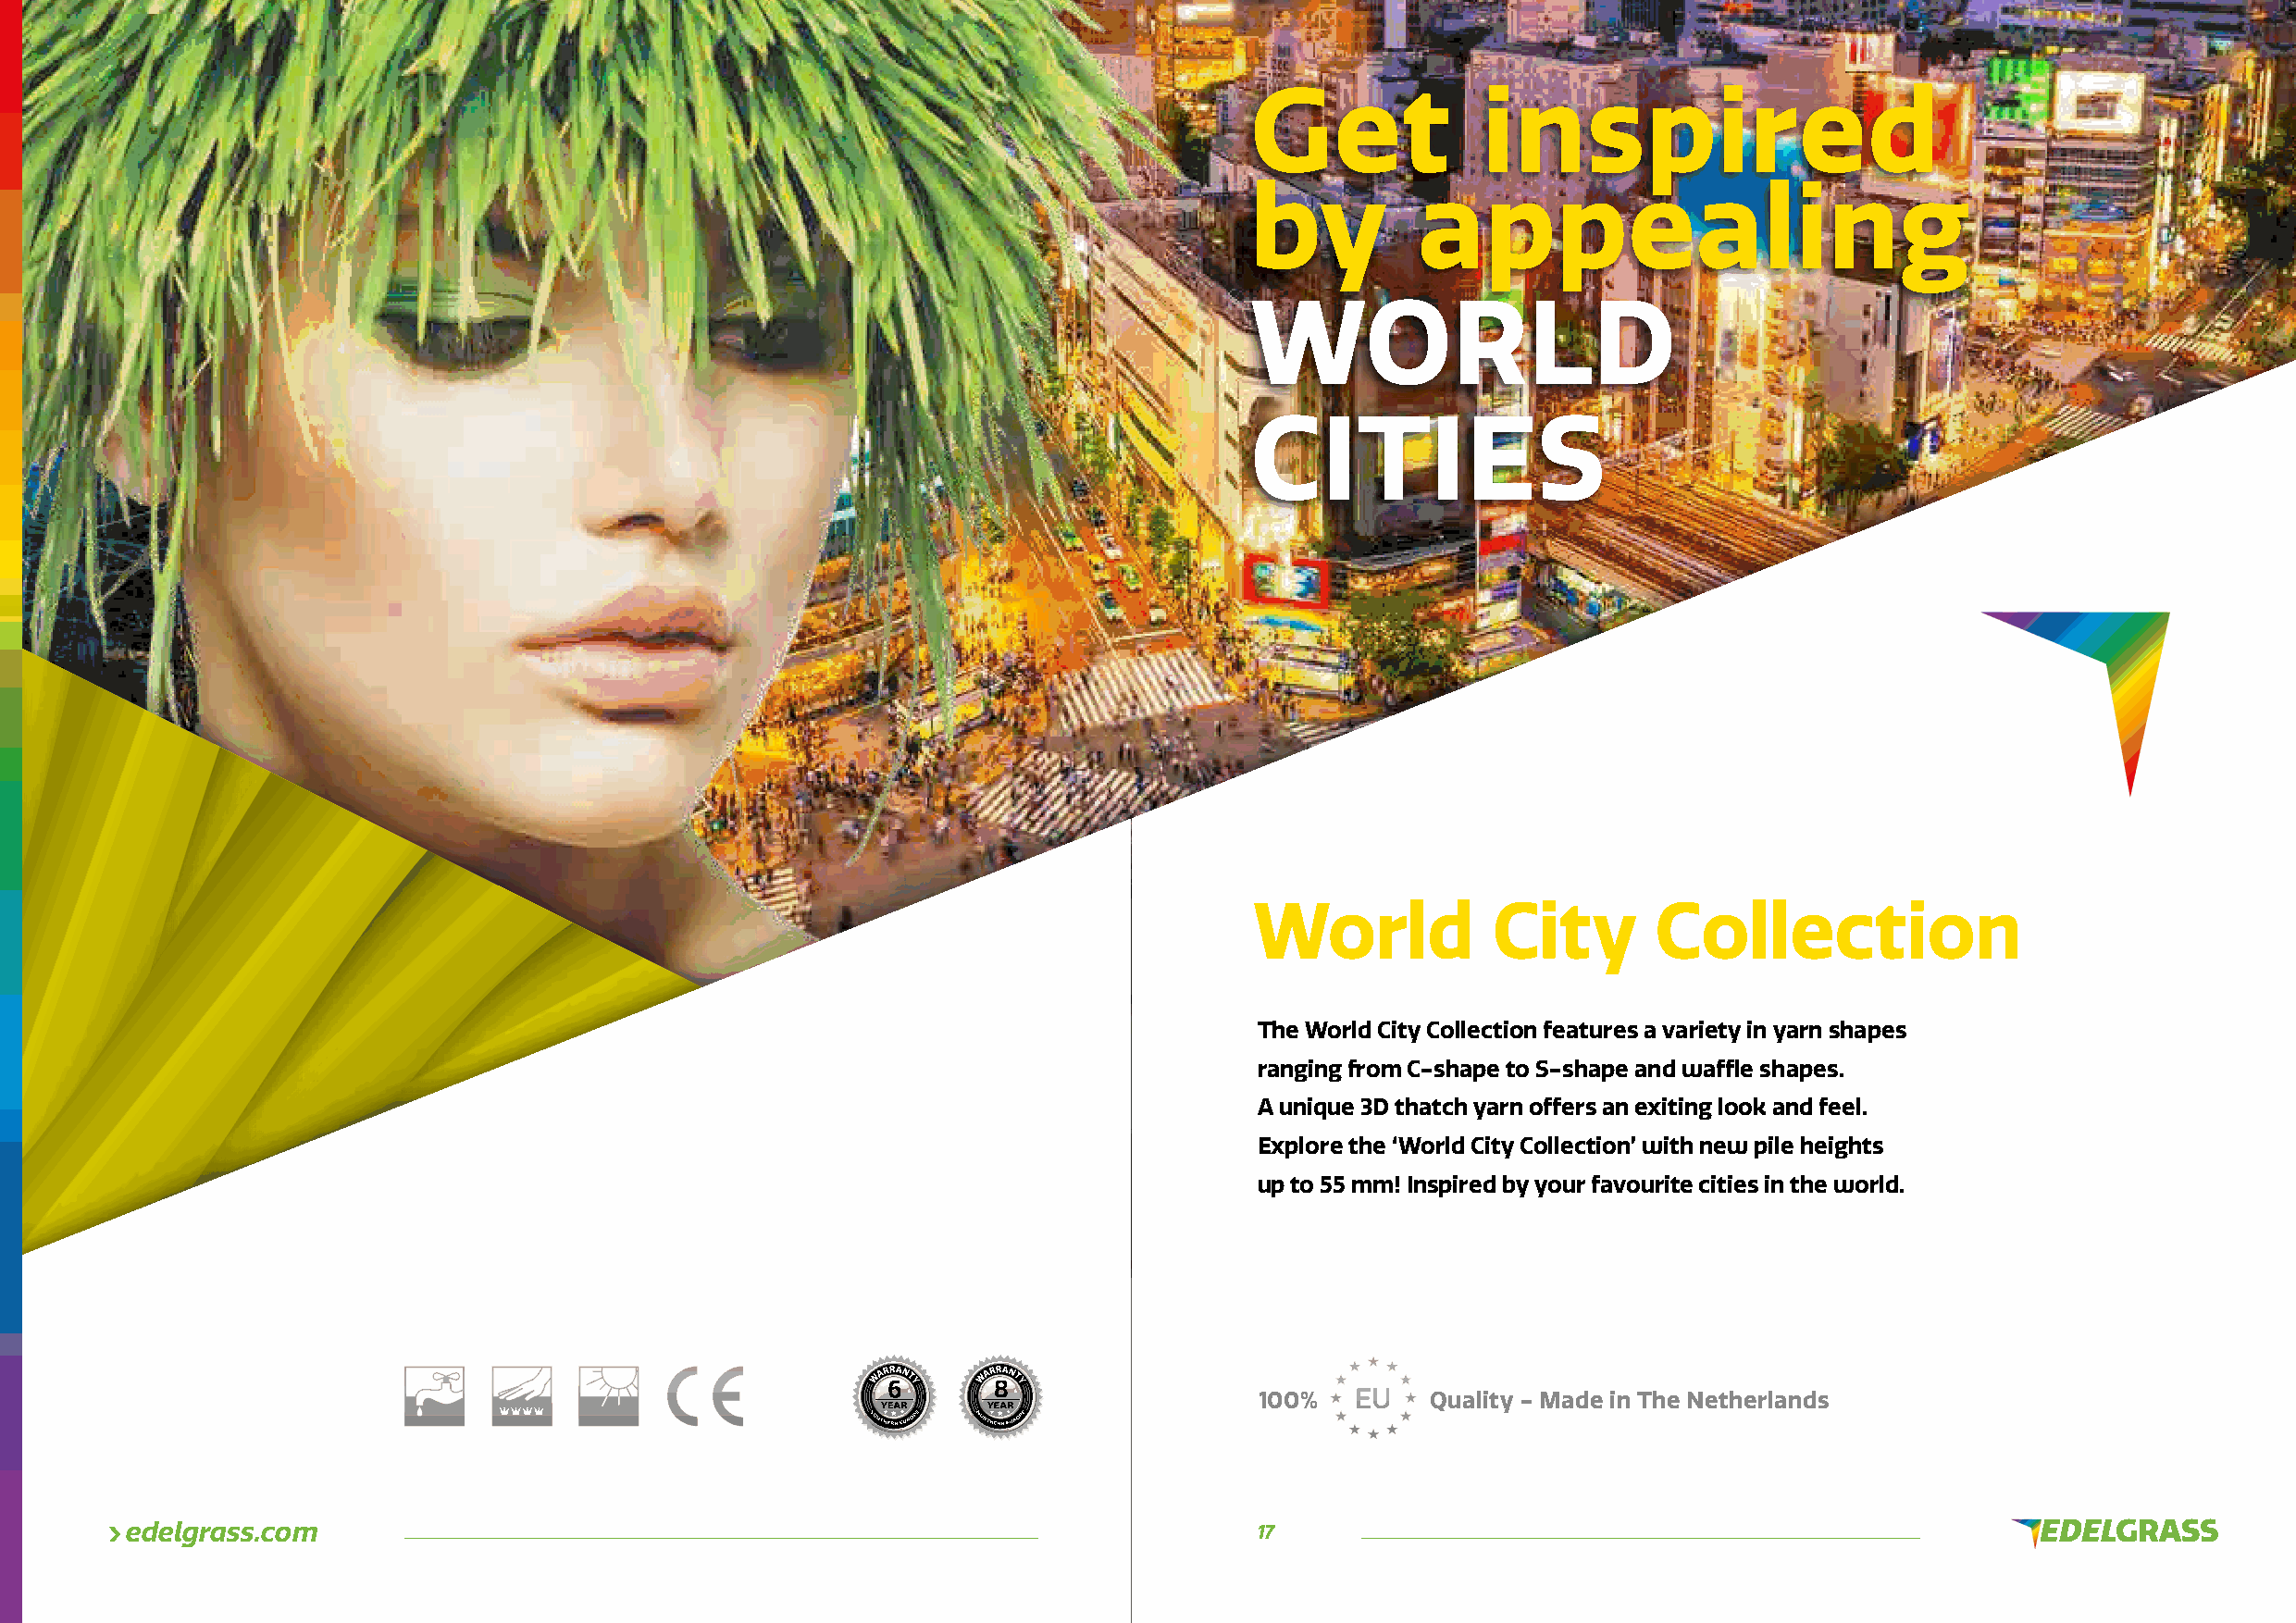
Get              inspired
 by          appealing
 WORLD
 CITIES
 World            City       Collection
 The World City Collection features a variety in yarn shapes
 ranging from C-shape to S-shape and waffl e shapes.
 A unique 3D thatch yarn offers an exiting look and feel.
 Explore the ‘World City Collection’ with new pile heights
 up to 55 mm! Inspired by your favourite cities in the world.
 100%   E U  Quality - Made in The Netherlands
 edelgrass.com                                                                    17